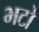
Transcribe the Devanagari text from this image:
भटो